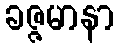
ခဇ္ဇမာနာ